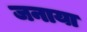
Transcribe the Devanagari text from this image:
जनाया